Vaccination in the Punjab 1919-1929 - 1919-1929
Year: 1919
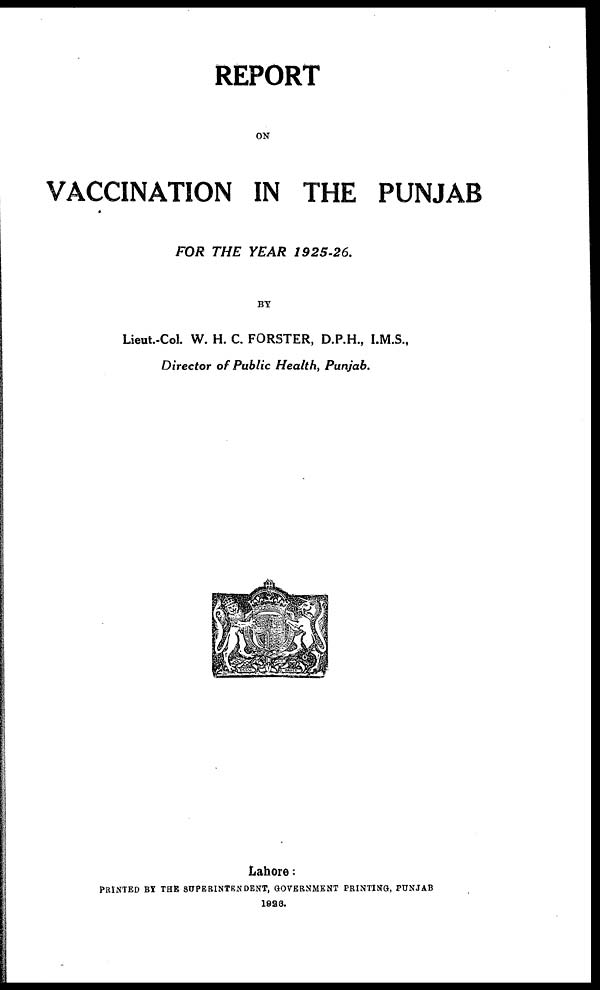
REPORT
ON
VACCINATION IN THE PUNJAB
FOR THE YEAR
1925-26.
BY
Lieut.-Col. W. H. C. FORSTER, D.P.H., I.M.S.,
Director of Public Health, Punjab.
Lahore:
PRINTED BY THE SUPERINTENDENT, GOVERNMENT PRINTING, PUNJAB
1926.